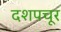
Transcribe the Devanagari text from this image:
दशपचूर